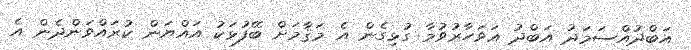
އަބްދުއްސަމަދު އަބްދު އަވަހާރުވުމާ ގުޅިގެން އެ މަޤާމަށް ބޭފުޅަކު އައްޔަން ކުރައްވަންދެން އެ